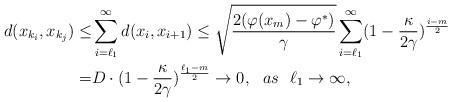
LaTeX: \begin{align*}d(x_{k_i},x_{k_j})\leq &\sum_{i=\ell_1}^{\infty}d(x_i,x_{i+1})\leq \sqrt{\frac{2(\varphi(x_m)-\varphi^*)}{\gamma}}\sum_{i=\ell_1}^\infty (1-\frac{\kappa}{2\gamma})^{\frac{i-m}{2}}\\= & D\cdot (1-\frac{\kappa}{2\gamma})^{\frac{\ell_1-m}{2}}\rightarrow 0, ~~as~~\ell_1\rightarrow \infty ,\end{align*}